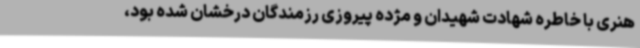
هنری با خاطره شهادت شهیدان و مژده پیروزی رزمندگان درخشان شده بود،